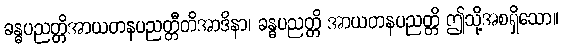
ခန္ဓပညတ္တိအာယတနပညတ္တီတိအာဒိနာ၊ ခန္ဓပညတ္တိ အာယတနပညတ္တိ ဤသို့အစရှိသော။